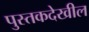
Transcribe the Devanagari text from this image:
पुस्तकदेखील